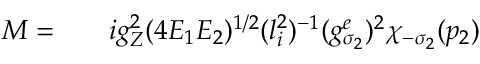
\begin{array} { r l r } { { \cal M } = } & { { } } & { i g _ { Z } ^ { 2 } ( 4 E _ { 1 } E _ { 2 } ) ^ { 1 / 2 } ( l _ { i } ^ { 2 } ) ^ { - 1 } ( g _ { \sigma _ { 2 } } ^ { e } ) ^ { 2 } \chi _ { - \sigma _ { 2 } } ( p _ { 2 } ) } \end{array}